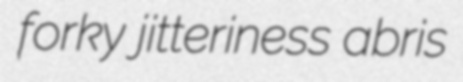
forky jitteriness abris